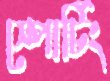
স্পোর্টিং